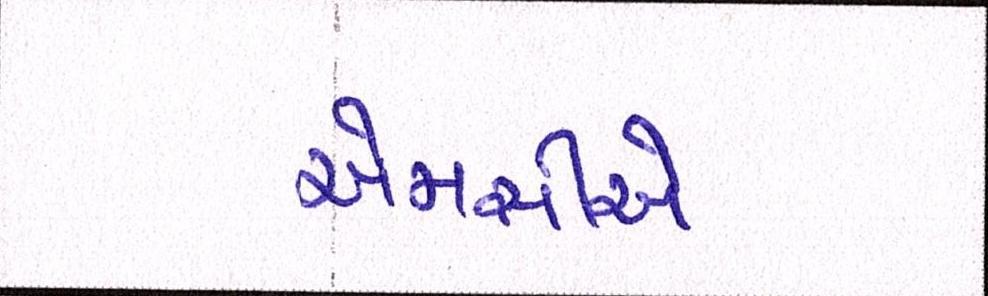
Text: એમસીએ